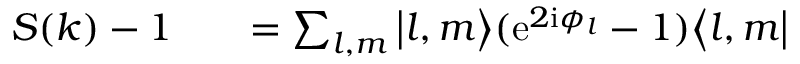
\begin{array} { r l r } { S ( k ) - 1 } & { { } } & { = \sum _ { l , m } \big | l , m \bigr \rangle ( \mathrm { e } ^ { 2 \mathrm { i } \phi _ { l } } - 1 ) \bigl \langle l , m \big | } \end{array}